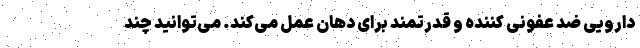
دارویی ضد عفونی کننده و قدرتمند برای دهان عمل می‌کند. می‌توانید چند